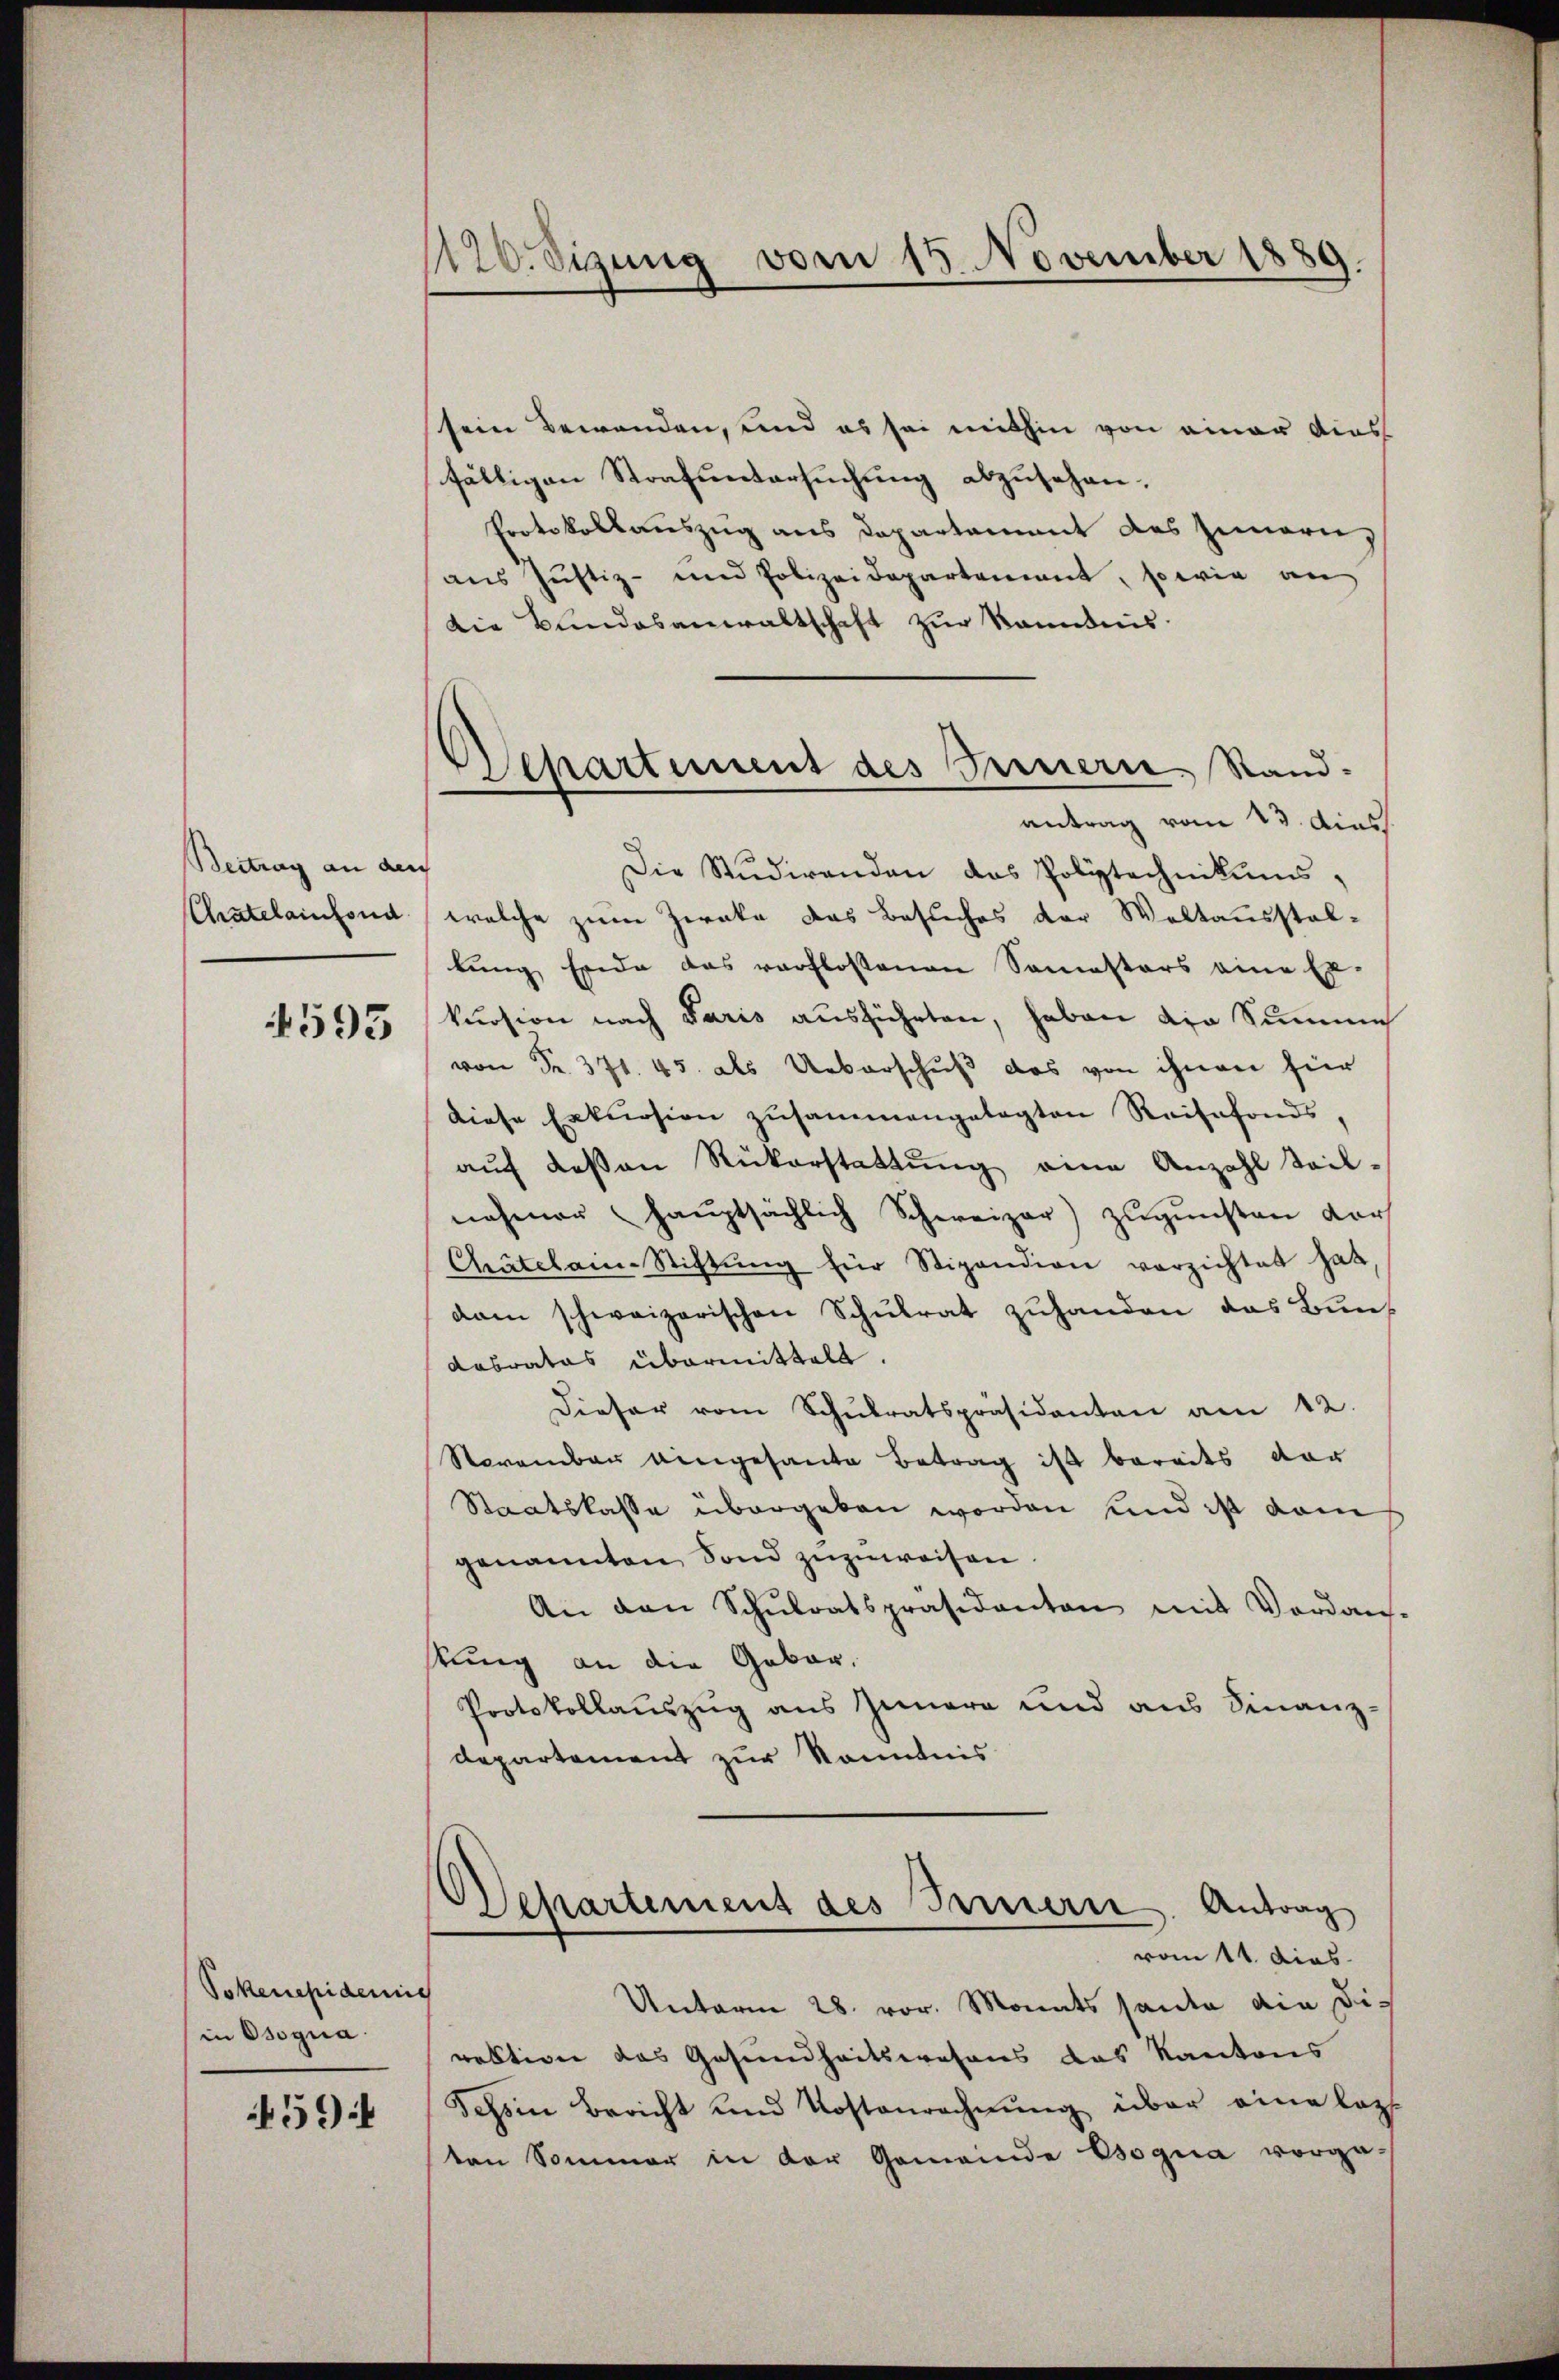
Beitrag an den
Chatelainfond

593

Tokenepidemie
in Osogna

594

120. Sizung von 15. November 1889.

sein Bewenden, und es sei mithin von einer dies
fälligen Strafuntersuchung abzusehen.
Protokollauszug aus Departement des Innern,
aus Justiz- und Polizeidepartement, sowie an
Die Bundesanwaltschaft zur Kenntnis.
antrag vom 13. dies
Die Studirenden das Polytechnikums,
welche zum Zweke das Besuches der Waltausstal-
bung Ende das verflossenen Semesters eine Er-
kursion nach Paris ausführten, haben die Summe
von Fr. 371. 45. als Ueberschuß das von ihnen für
diese Erkursion zusammengelegten Reisefonds,
aŭf deßen Rükerstattŭng eine Anzahl teil-
nehmer haŭptsächlich Schweizer) zŭgŭnsten dar
Chatelain-Stiftŭng für Stipendion verzichtet hat
dam schweizerischen Schulrat zuhanden das Bun¬
Kabrates übermittelt.
Dieser vom Schŭlratspräsidenten am 12.
November eingesante Betrag ist bereits dar
Staatskasse übergeben worden und ist vom
genannten Sond zuzuweisen
An den Schŭlratspräsidenten mit Verdan-
kung an die Gebar,
Protokollauszug aus Innern und aus Finanz-
departement zur Kenntnis
Departement des Tannern. Antrag
vom 11. dies
Unterm 28. vor. Monats heute die Direktion das Gesundheitswesens das Kantons
Schein Bericht und Kostenrechnŭng über eine letz
ten Sommer in der Gemeinde Bogua vorge-

Separtement des Fernerie Stand¬